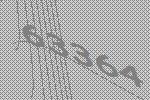
63364